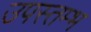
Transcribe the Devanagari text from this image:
उपस्तम्भ